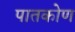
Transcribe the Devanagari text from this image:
पातकोण